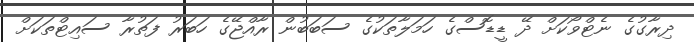
ދިރާގުގެ ނެޓްވޯކަށް ދޭ ޑީޑޮސްގެ ހަމަލާތަކުގެ ސަބަބުން ރާއްޖޭގެ ހަބަރު ފަތުރާ ސައިޓްތަކަށް